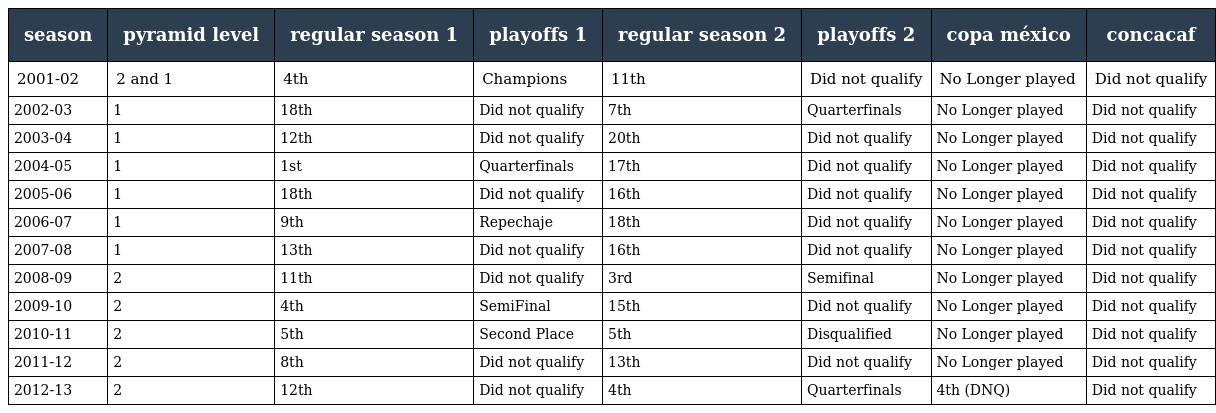
| season | pyramid level | regular season 1 | playoffs 1 | regular season 2 | playoffs 2 | copa méxico | concacaf |
 | --- | --- | --- | --- | --- | --- | --- | --- |
 | 2001-02 | 2 and 1 | 4th | Champions | 11th | Did not qualify | No Longer played | Did not qualify |
 | 2002-03 | 1 | 18th | Did not qualify | 7th | Quarterfinals | No Longer played | Did not qualify |
 | 2003-04 | 1 | 12th | Did not qualify | 20th | Did not qualify | No Longer played | Did not qualify |
 | 2004-05 | 1 | 1st | Quarterfinals | 17th | Did not qualify | No Longer played | Did not qualify |
 | 2005-06 | 1 | 18th | Did not qualify | 16th | Did not qualify | No Longer played | Did not qualify |
 | 2006-07 | 1 | 9th | Repechaje | 18th | Did not qualify | No Longer played | Did not qualify |
 | 2007-08 | 1 | 13th | Did not qualify | 16th | Did not qualify | No Longer played | Did not qualify |
 | 2008-09 | 2 | 11th | Did not qualify | 3rd | Semifinal | No Longer played | Did not qualify |
 | 2009-10 | 2 | 4th | SemiFinal | 15th | Did not qualify | No Longer played | Did not qualify |
 | 2010-11 | 2 | 5th | Second Place | 5th | Disqualified | No Longer played | Did not qualify |
 | 2011-12 | 2 | 8th | Did not qualify | 13th | Did not qualify | No Longer played | Did not qualify |
 | 2012-13 | 2 | 12th | Did not qualify | 4th | Quarterfinals | 4th (DNQ) | Did not qualify |